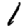
Digit: 1